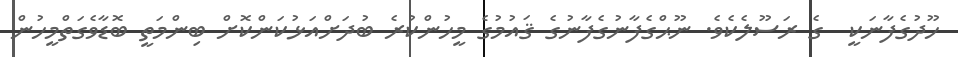
ހޫދުގެފާނަކީ  ގެ ރަސޫލެކެވެ. ނޫޙްގެފާނުގެފާނުގެ ޤައުމުގެ މީހުންކުރެ ބުދަށްއަޅުކަންކޮށް ބިންމަތީ ބޮޑާވެގަތްމީހުން